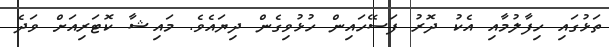
ތަޅުގައި ހިފާލުމާއި އެކު ދޮރު ފަސޭހައިން ހުޅުވިގެން ދިޔައެވެ. މައިޝާ ކޮޓަރިއަށް ވަދެ